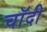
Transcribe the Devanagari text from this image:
चाॅदी